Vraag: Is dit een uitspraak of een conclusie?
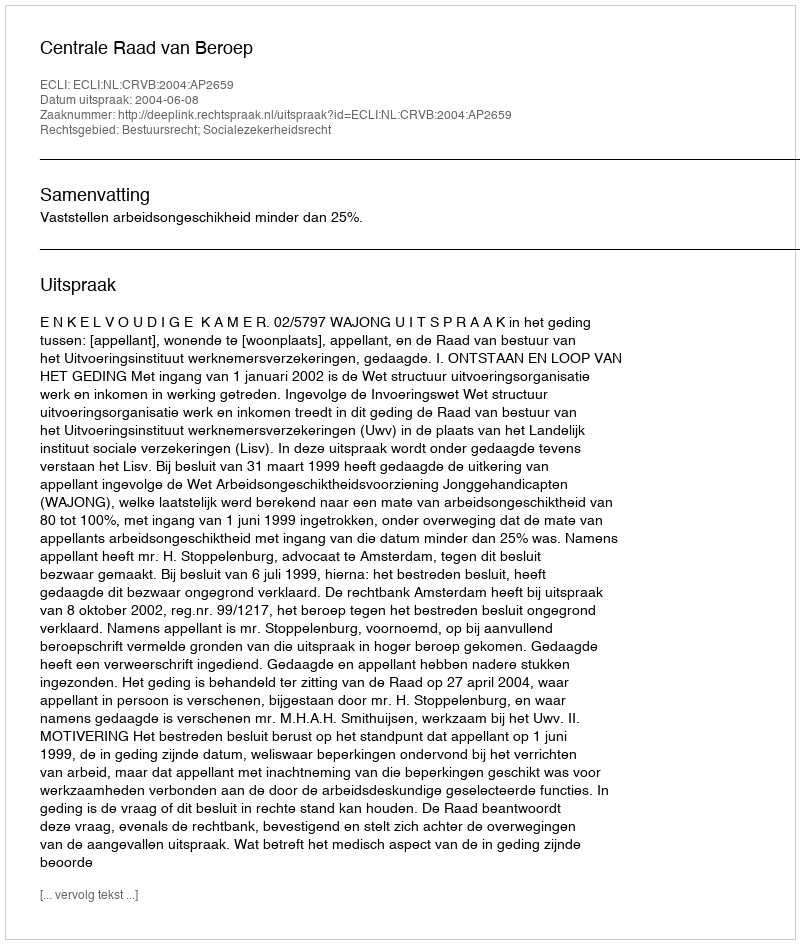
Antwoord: Uitspraak